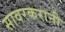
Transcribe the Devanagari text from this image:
सावरकरानी